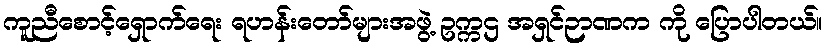
ကူညီစောင့်ရှောက်ရေး ရဟန်းတော်များအဖွဲ့ ဥက္ကဌ အရှင်ဉာဏက ကို ပြောပါတယ်။